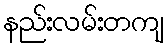
နည်းလမ်းတကျ